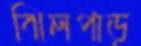
ঝিলপাড়